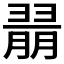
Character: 𱻝